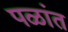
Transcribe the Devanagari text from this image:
पळांत